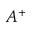
A ^ { + }